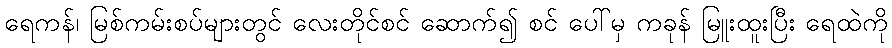
ရေကန်၊ မြစ်ကမ်းစပ်များတွင် လေးတိုင်စင် ဆောက်၍ စင် ပေါ်မှ ကခုန် မြူးထူးပြီး ရေထဲကို